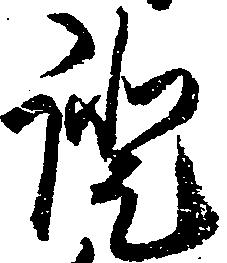
証